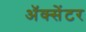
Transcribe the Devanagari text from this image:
ॲक्सेंटर